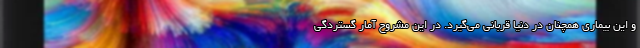
و این بیماری همچنان در دنیا قربانی می‌گیرد. در این مشروح آمار گستردگی